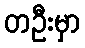
တဦးမှာ